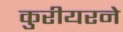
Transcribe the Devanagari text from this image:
कुरीयरने